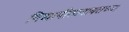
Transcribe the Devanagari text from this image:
विद्यापीठाबाबतच्या